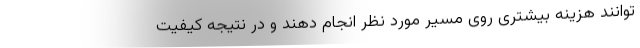
‌توانند هزینه بیشتری روی مسیر مورد نظر انجام دهند و در نتیجه کیفیت